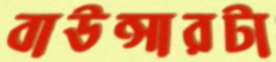
বাউন্সারটা